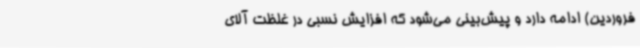
فروردین) ادامه دارد و پیش‌بینی می‌شود که افزایش نسبی در غلظت آلای